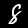
Digit: 8